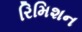
રિમિશન